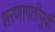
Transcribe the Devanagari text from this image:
शरणागतीपूर्वी